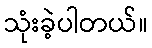
သုံးခဲ့ပါတယ်။